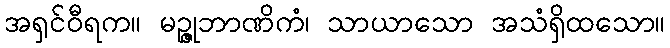
အရှင်ဝီရက။ မဉ္ဇုဘာဏိကံ၊ သာယာသော အသံရှိထသော။